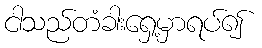
ငါသည်တံခါးရှေ့မှာရပ်၍